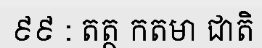
៩៩ : តត្ថ កតមា ជាតិ